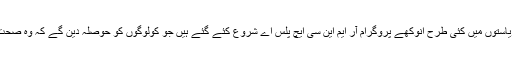
انہوں نے کہاکہ دوسری ریاستوں میں کئی طرح انوکھے پروگرام آر ایم این سی ایچ پلس اے شروع کئے گئے ہیں جو کولوگوں کو حوصلہ دین گے کہ وہ صحت و تندرستی پر دھیان دیں۔